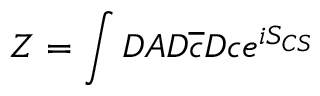
Z = \int D A D \overline { { { c } } } D c e ^ { i S _ { C S } }